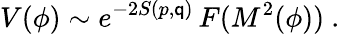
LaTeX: V(\phi)\sim{e^{-2S(p,\mathsf{q})}}\, F(M^{2}(\phi))\ .